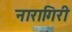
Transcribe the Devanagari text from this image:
नारागिरी